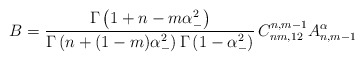
\begin{align*}B=\frac{\Gamma \left(1+n-m\alpha _{-}^{2} \right)}{\Gamma \left(n+(1-m)\alpha _{-}^{2} \right)\Gamma\left(1-\alpha _{-}^{2} \right)}\,C_{nm,12}^{n,m-1}A_{n,m-1}^{\alpha}\end{align*}